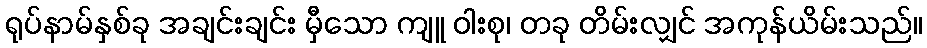
ရုပ်နာမ်နှစ်ခု အချင်းချင်း မှီသော ကျူ ဝါးစု၊ တခု တိမ်းလျှင် အကုန်ယိမ်းသည်။